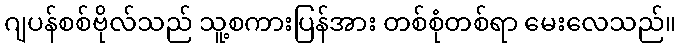
ဂျပန်စစ်ဗိုလ်သည် သူ့စကားပြန်အား တစ်စုံတစ်ရာ မေးလေသည်။